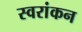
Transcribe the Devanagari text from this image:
स्वरांकन